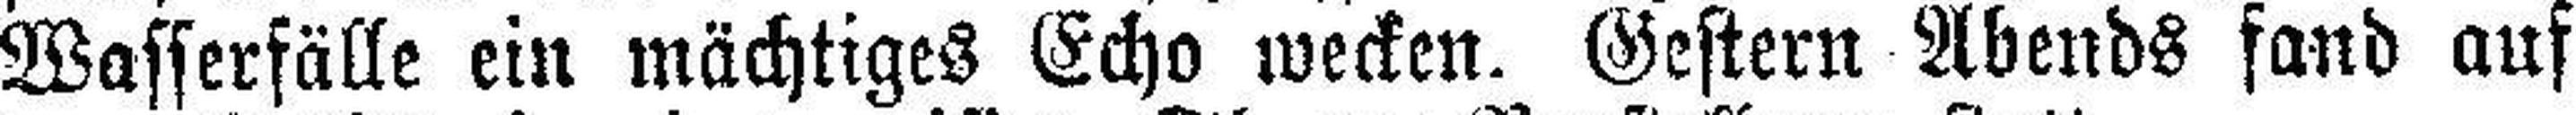
Wasserfälle ein mächtiges Echo wecken. Gestern Abends fand auf